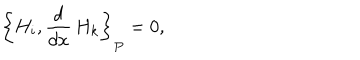
\left\{ H _ { i } , \frac { d } { d x } \, H _ { k } \right\} _ { P } = 0 ,